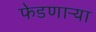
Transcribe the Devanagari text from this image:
फेडणाऱ्या